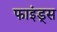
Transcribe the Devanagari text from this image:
फाइंड्स